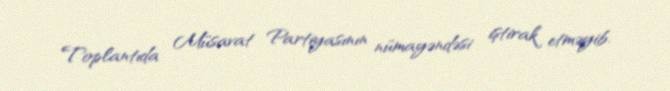
Toplantıda Müsavat Partiyasının nümayəndəsi iştirak etməyib.